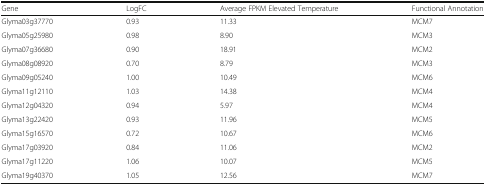
| Gene | LogFC | Average FPKM Elevated Temperature | Functional Annotation |
 | --- | --- | --- | --- |
 | Glyma03g37770 | 0.93 | 11.33 | MCM7 |
 | Glyma05g25980 | 0.98 | 8.90 | MCM3 |
 | Glyma07g36680 | 0.90 | 18.91 | MCM2 |
 | Glyma08g08920 | 0.70 | 8.79 | MCM3 |
 | Glyma09g05240 | 1.00 | 10.49 | MCM6 |
 | Glyma11g12110 | 1.03 | 14.38 | MCM4 |
 | Glyma12g04320 | 0.94 | 5.97 | MCM4 |
 | Glyma13g22420 | 0.93 | 11.96 | MCM5 |
 | Glyma15g16570 | 0.72 | 10.67 | MCM6 |
 | Glyma17g03920 | 0.84 | 11.06 | MCM2 |
 | Glyma17g11220 | 1.06 | 10.07 | MCM5 |
 | Glyma19g40370 | 1.05 | 12.56 | MCM7 |